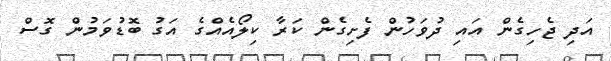
އަދި ޖެހިގެން އައި ދުވަހުން ފެށިގެން ކަރާ ކިލޯއެއްގެ އަގު ބޮޑުވަމުން ގޮސް